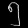
Digit: ၅